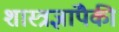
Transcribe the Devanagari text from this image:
शास्त्रज्ञांपैकी